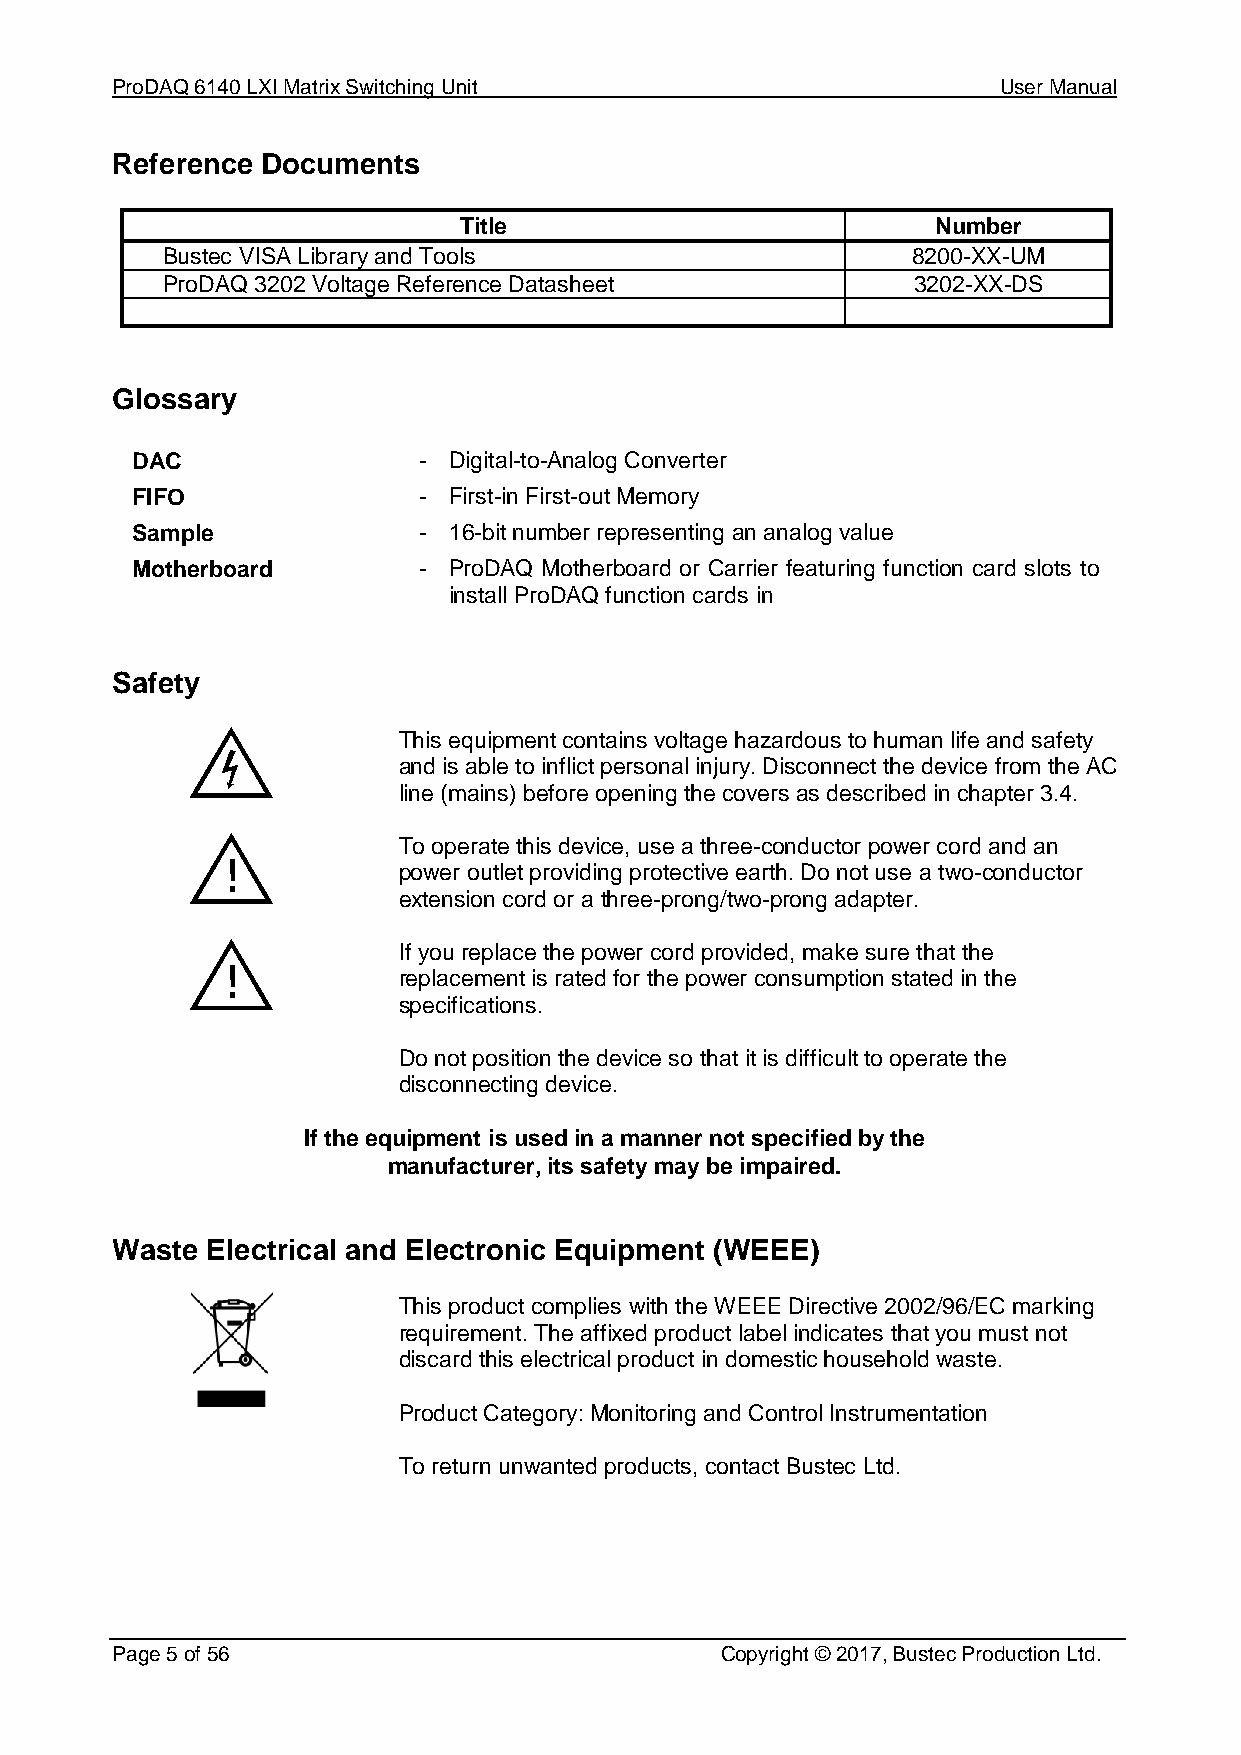
ProDAQ 6140 LXI Matrix Switching Unit                      User Manual
 Reference Documents
 Title                           Number
 Bustec VISA Library and Tools                    8200-XX-UM
 ProDAQ 3202 Voltage Reference Datasheet          3202-XX-DS
 Glossary
 DAC                - Digital-to-Analog Converter
 FIFO               - First-in First-out Memory
 Sample             - 16-bit number representing an analog value
 Motherboard        - ProDAQ Motherboard or Carrier featuring function card slots to
 install ProDAQ function cards in
 Safety
 This equipment contains voltage hazardous to human life and safety
 and is able to inflict personal injury. Disconnect the device from the AC
 line (mains) before opening the covers as described in chapter 3.4.
 To operate this device, use a three-conductor power cord and an
 !           power outlet providing protective earth. Do not use a two-conductor
 extension cord or a three-prong/two-prong adapter.
 If you replace the power cord provided, make sure that the
 !           replacement is rated for the power consumption stated in the
 specifications.
 Do not position the device so that it is difficult to operate the
 disconnecting device.
 If the equipment is used in a manner not specified by the
 manufacturer, its safety may be impaired.
 Waste  Electrical and Electronic Equipment (WEEE)
 This product complies with the WEEE Directive 2002/96/EC marking
 requirement. The affixed product label indicates that you must not
 discard this electrical product in domestic household waste.
 Product Category: Monitoring and Control Instrumentation
 To return unwanted products, contact Bustec Ltd.
 Page 5 of 56                             Copyright © 2017, Bustec Production Ltd.